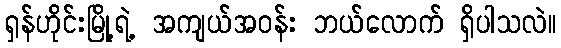
ရှန်ဟိုင်းမြို့ရဲ့ အကျယ်အဝန်း ဘယ်လောက် ရှိပါသလဲ။